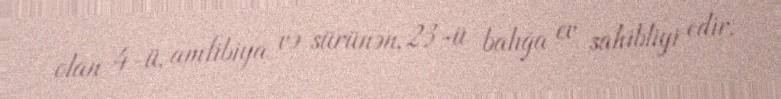
olan 4-ü, amfibiya və sürünən, 23-ü balığa ev sahibliyi edir.